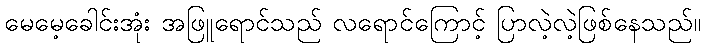
မေမေ့ခေါင်းအုံး အဖြူရောင်သည် လရောင်ကြောင့် ပြာလဲ့လဲ့ဖြစ်နေသည်။